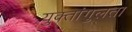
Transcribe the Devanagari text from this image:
युक्तांगुलता